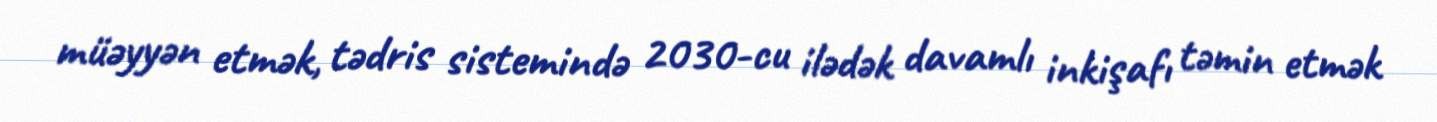
müəyyən etmək, tədris sistemində 2030-cu ilədək davamlı inkişafı təmin etmək